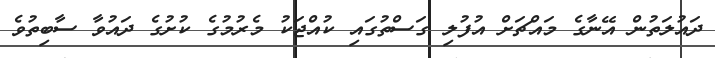
ދައުލަތުން އޭނާގެ މައްޗަށް އުފުލި ގަސްތުގައި ކުއްޖަކު މެރުމުގެ ކުށުގެ ދައުވާ ސާބިތުވެ